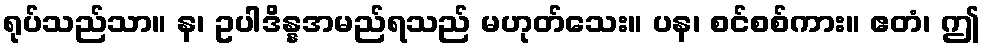
ရုပ်သည်သာ။ န၊ ဥပါဒိန္နအမည်ရသည် မဟုတ်သေး။ ပန၊ စင်စစ်ကား။ ဧတံ၊ ဤ